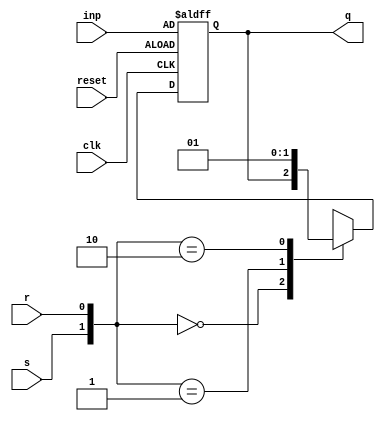
module srff (
    s, r, q, clk, reset, inp
);
input s, r, inp, clk, reset;
output reg q;
always @(posedge clk or posedge reset) begin
    if (reset)
        q<=inp;
    else begin
        case ({s, r})
            2'b00: q<=q;
            2'b01: q<=1'b0;
            2'b10: q<=1'b1;
            2'b11: q<=1'bx;
        endcase
    end
end
endmodule
module q2 (
    q, clk, reset
);
input clk, reset;
output [2:0] q;
srff s0((~q[1]&~q[0]), (q[2]&~q[1]), q[2], clk, reset, 1'b0);
srff s1((~q[2]&~q[1]), (q[2]&q[0]) | (~q[2]&q[1]&q[0]), q[1], clk, reset, 1'b0);
srff s2(~q[0], (~q[2]&q[0]) | (q[1]&q[0]), q[0], clk, reset, 1'b1);
endmodule